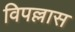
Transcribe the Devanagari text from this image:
विपल्लास